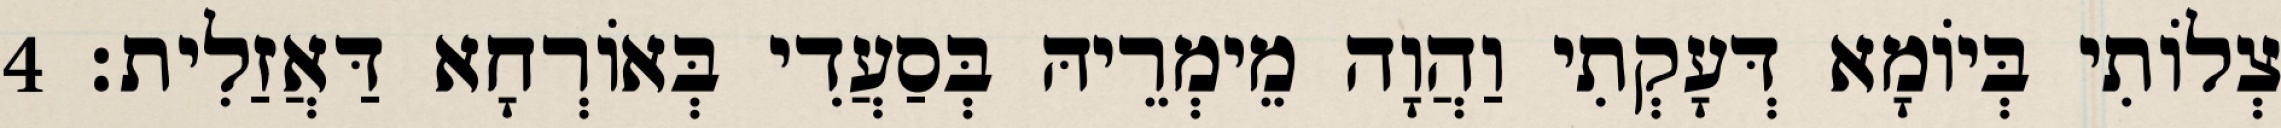
צְלוֹתִי בְּיוֹמָא דְּעָקְתִי וַהֲוָה מֵימְרֵיהּ בְּסַעֲדִי בְּאוֹרְחָא דַּאֲזַלִית׃ 4